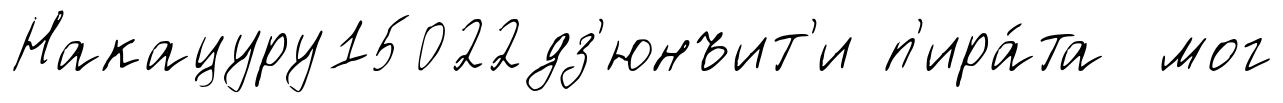
Накацуру15022дз'юнъит'и п'ира́та мог